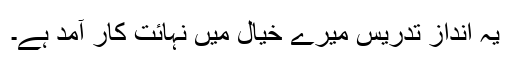
یہ انداز تدریس میرے خیال میں نہائت کار آمد ہے۔